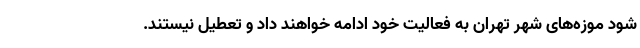
شود موزه‌های شهر تهران به فعالیت خود ادامه خواهند داد و تعطیل نیستند.